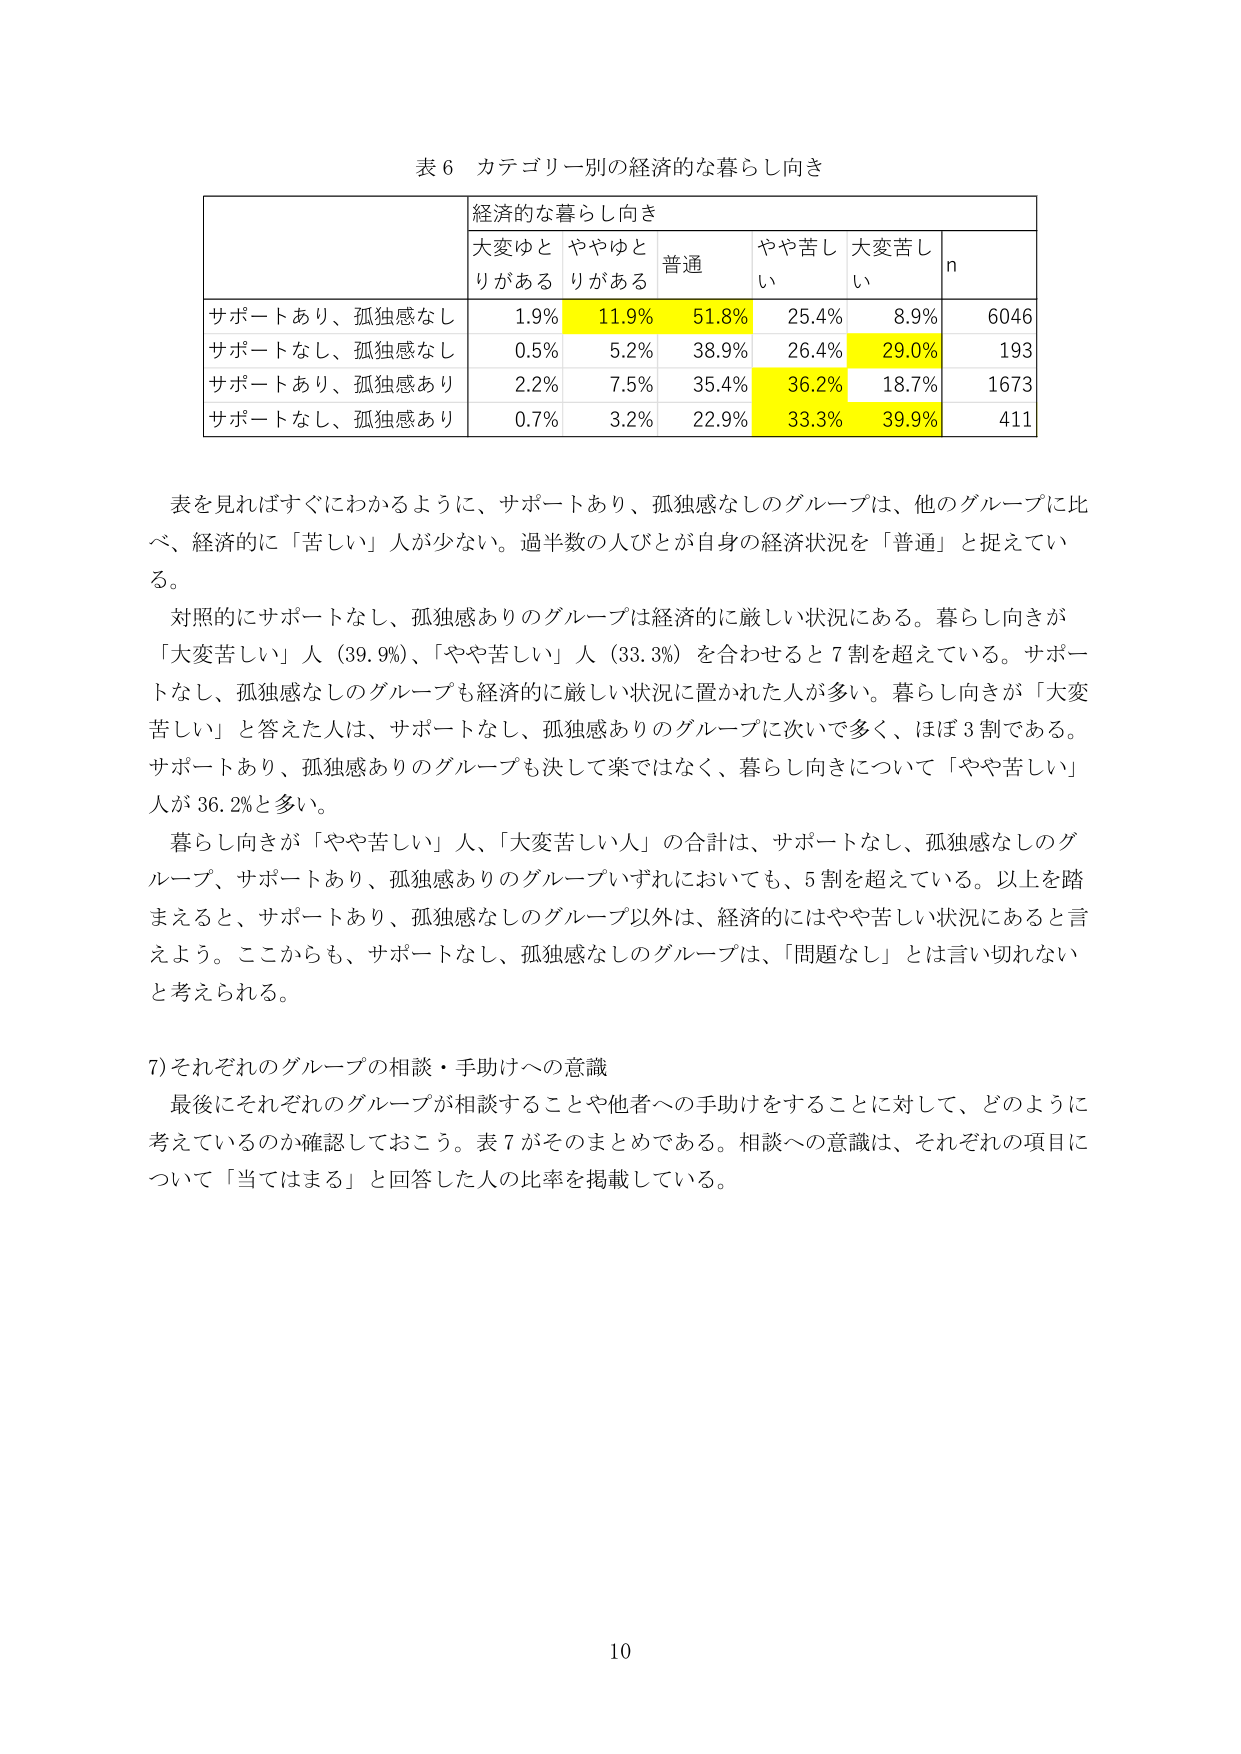
表６ カテゴリー別の経済的な暮らし向き

経済的な暮らし向き
大変ゆとりがある　ややゆとりがある　普通　やや苦しい　大変苦しい　n

サポートあり、孤独感なし　1.9%　11.9%　51.8%　25.4%　8.9%　6046
サポートなし、孤独感なし　0.5%　5.2%　38.9%　26.4%　29.0%　193
サポートあり、孤独感あり　2.2%　7.5%　35.4%　36.2%　18.7%　1673
サポートなし、孤独感あり　0.7%　3.2%　22.9%　33.3%　39.9%　411

表を見ればすぐにわかるように、サポートあり、孤独感なしのグループは、他のグループに比べ、経済的に「苦しい」人が少ない。過半数の人びとが自身の経済状況を「普通」と捉えている。

対照的にサポートなし、孤独感ありのグループは経済的に厳しい状況にある。暮らし向きが「大変苦しい」人（39.9%）、「やや苦しい」人（33.3%）を合わせると7割を超えている。サポートなし、孤独感なしのグループも経済的に厳しい状況に置かれた人が多い。暮らし向きが「大変苦しい」と答えた人は、サポートなし、孤独感ありのグループに次いで多く、ほぼ3割である。サポートあり、孤独感ありのグループも決して楽ではなく、暮らし向きについて「やや苦しい」人が36.2%と多い。

暮らし向きが「やや苦しい」人、「大変苦しい人」の合計は、サポートなし、孤独感なしのグループ、サポートあり、孤独感ありのグループいずれにおいても、5割を超えている。以上を踏まえると、サポートあり、孤独感なしのグループ以外は、経済的にはやや苦しい状況にあると言えよう。ここからも、サポートなし、孤独感なしのグループは、「問題なし」とは言い切れないと考えられる。

7) それぞれのグループの相談・手助けへの意識

最後にそれぞれのグループが相談することや他者への手助けをすることに対して、どのように考えているのか確認しておこう。表7がそのまとめである。相談への意識は、それぞれの項目について「当てはまる」と回答した人の比率を掲載している。

10